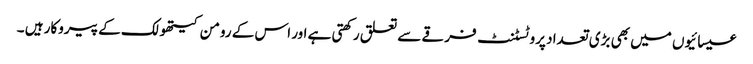
عیسائیوں میں بھی بڑی تعداد پروٹسٹنٹ فرقے سے تعلق رکھتی ہے اور اس کے رومن کیتھولک کے پیروکار ہیں ۔